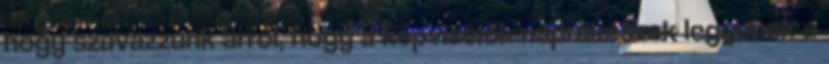
hogy szavazzunk arról, hogy a képviselők naprakészek legyenek a